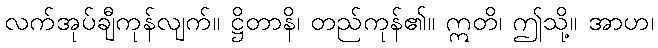
လက်အုပ်ချီကုန်လျက်။ ဋ္ဌိတာနိ၊ တည်ကုန်၏။ ဣတိ၊ ဤသို့။ အာဟ၊